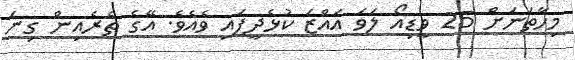
މިހާތަނަށް 25 ވީޑިއޯ ލަވަ އައްޒަ ކުޅެދީފައި ވެއެވެ. އޭގެ ތެރެއިން ގިނަ